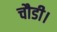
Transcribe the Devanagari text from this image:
चौडी।